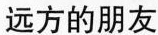
远方的朋友